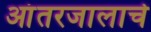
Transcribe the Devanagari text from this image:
आंतरजालाचे